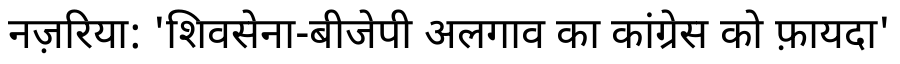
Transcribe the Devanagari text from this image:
नज़रिया: 'शिवसेना-बीजेपी अलगाव का कांग्रेस को फ़ायदा'